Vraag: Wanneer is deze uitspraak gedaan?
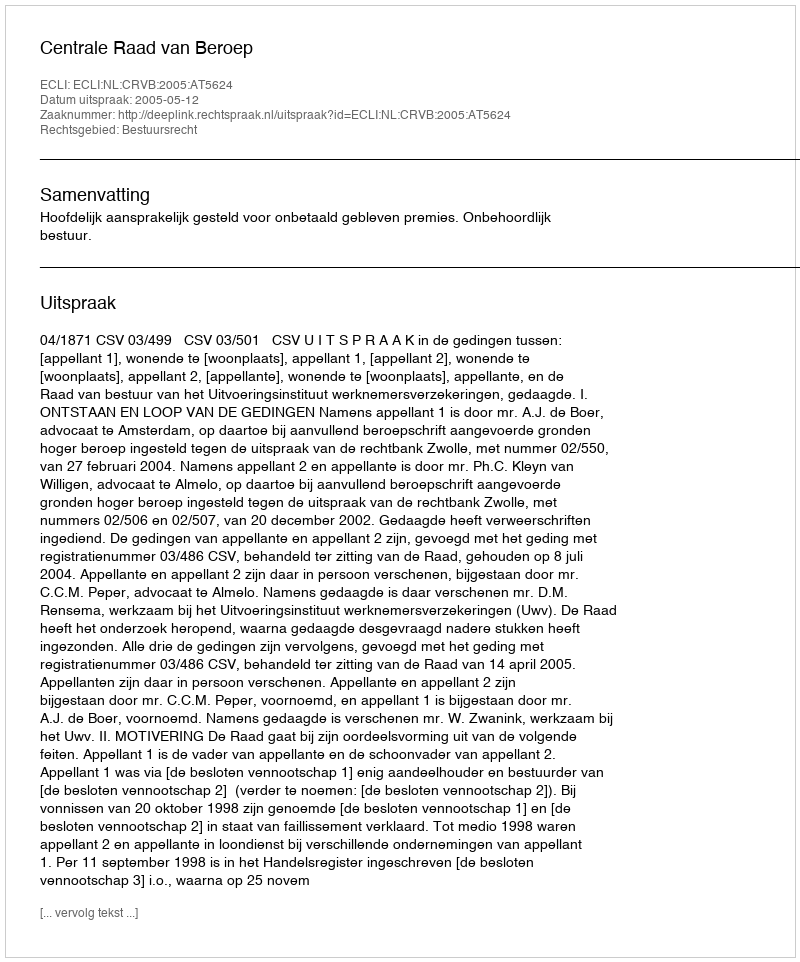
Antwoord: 2005-05-12